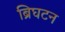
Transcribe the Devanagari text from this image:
ब्रिघटन